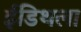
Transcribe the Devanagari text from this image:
ईडिथला